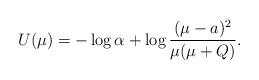
LaTeX: \begin{align*}U(\mu)=-\log\alpha+\log\frac{(\mu-a)^2}{\mu(\mu+Q)}.\end{align*}